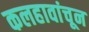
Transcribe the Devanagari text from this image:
कलहावांचून